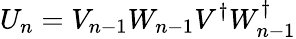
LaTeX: U_{n}=V_{n-1}W_{n-1}V^{\dagger}W_{n-1}^{\dagger}